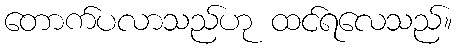
တောက်ပလာသည်ဟု ထင်ရလေသည်။